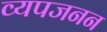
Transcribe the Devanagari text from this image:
व्‍यपजनन